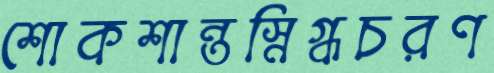
শোকশান্তস্নিগ্ধচরণ